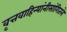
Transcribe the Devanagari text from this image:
वृत्तवाहिन्यांनीसांगितले